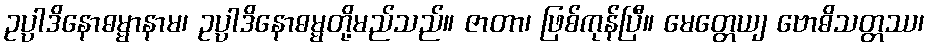
ဥပ္ပါဒိနောဓမ္မာနာမ၊ ဥပ္ပါဒိနောဓမ္မတို့မည်သည်။ ဇာတာ၊ ဖြစ်ကုန်ပြီ။ မေတ္တေယျ ဗောဓိသတ္တဿ၊